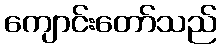
ကျောင်းတော်သည်